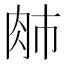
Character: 𰮈